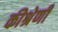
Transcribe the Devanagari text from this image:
कीश्रेणी